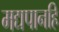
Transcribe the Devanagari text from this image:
मद्यपानहि